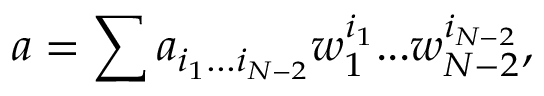
a = \sum a _ { i _ { 1 } . . . i _ { N - 2 } } w _ { 1 } ^ { i _ { 1 } } . . . w _ { N - 2 } ^ { i _ { N - 2 } } ,